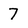
Character: 7